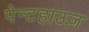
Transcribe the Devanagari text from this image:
पेन्टहाउज़